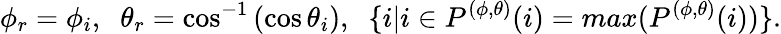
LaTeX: \phi_{r}=\phi_{i},\; \; \theta_{r}=\cos^{-1}\left(\cos\theta_{i}\right),\; \; \{ i|i\in P^{(\phi,\theta)}(i)=max(P^{(\phi,\theta)}(i))\} .